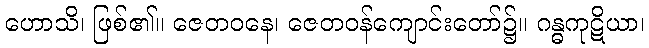
ဟောသိ၊ ဖြစ်၏။ ဇေတဝနေ၊ ဇေတဝန်ကျောင်းတော်၌။ ဂန္ဓကုဋိယာ၊